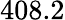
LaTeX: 408.2